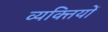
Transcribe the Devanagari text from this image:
व्‍यक्‍ितयों